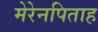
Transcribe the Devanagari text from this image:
मेरेनपिताह